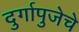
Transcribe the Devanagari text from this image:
दुर्गापुजेचे